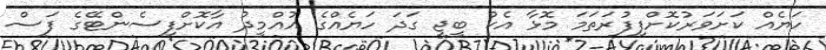
ހަޔެއް ކަށަވަރުކޮށްފިފުރަތަމަ މޮޅާ އެކު ބީޖީ ގަދަ ހަޔެއްގެ އުއްމީދު އާކޮށްފިސެންޓޭގެ ފަސް